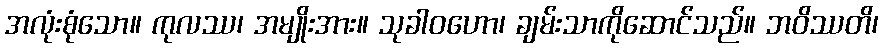
အလုံးစုံသော။ ကုလဿ၊ အမျိုးအား။ သုခါဝဟော၊ ချမ်းသာကိုဆောင်သည်။ ဘဝိဿတိ၊